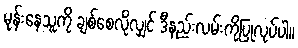
မုန်းနေသူကို ချစ်စေလိုလျှင် ဒီနည်းလမ်းကိုပြုလုပ်ပါ။